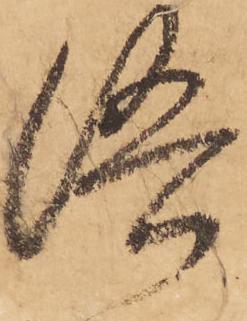
洛